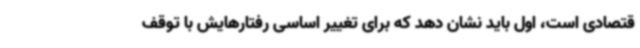
قتصادی است، اول باید نشان دهد که برای تغییر اساسی رفتارهایش با توقف